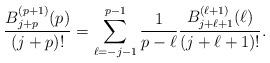
LaTeX: \begin{align*} \frac{B_{j+p}^{(p+1)}(p) }{(j+p)!} = \sum_{\ell = -j-1}^{p-1} \frac{1}{p -\ell} \frac{B_{j+\ell+1}^{(\ell+1)}( \ell)}{(j+ \ell + 1)!}. \end{align*}